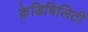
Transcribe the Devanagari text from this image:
क्रेडिबिलिटी